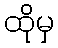
ထိုမှ